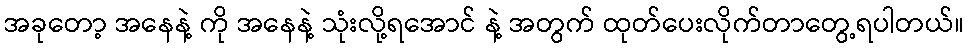
အခုတော့ အနေနဲ့ ကို အနေနဲ့ သုံးလို့ရအောင် နဲ့ အတွက် ထုတ်ပေးလိုက်တာတွေ့ရပါတယ်။